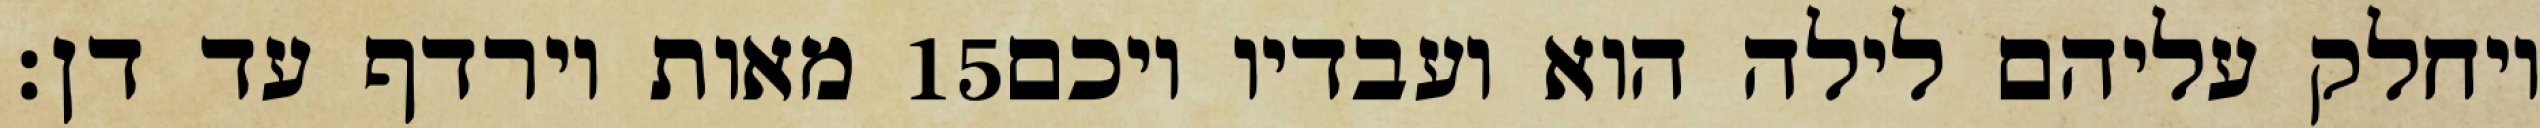
מאות וירדף עד דן׃ ‎15‏ ויחלק עליהם לילה הוא ועבדיו ויכם